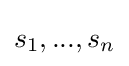
s_{1},...,s_{n}